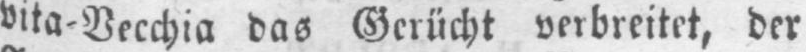
vita⸗Vecchia das Gerücht verbreitet, der